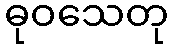
ဓုဝသေတု